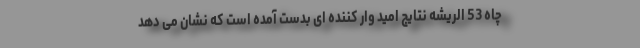
چاه 53 الریشه نتایج امید وار کننده ای بدست آمده است که نشان می دهد